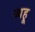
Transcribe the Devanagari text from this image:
व्यहू